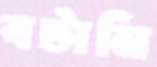
বটানি